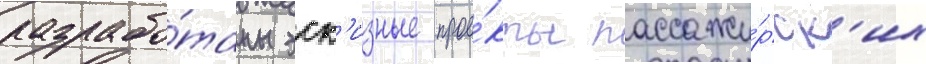
разрабо́таны эск'изные прое́кты пассажи́рск'их